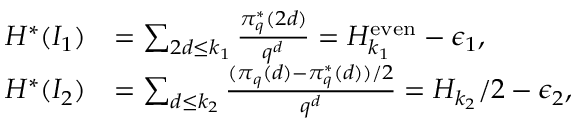
\begin{array} { r l } { H ^ { * } ( I _ { 1 } ) } & { = \sum _ { 2 d \le k _ { 1 } } \frac { \pi _ { q } ^ { * } ( 2 d ) } { q ^ { d } } = H _ { k _ { 1 } } ^ { \mathrm { e v e n } } - \epsilon _ { 1 } , } \\ { H ^ { * } ( I _ { 2 } ) } & { = \sum _ { d \le k _ { 2 } } \frac { ( \pi _ { q } ( d ) - \pi _ { q } ^ { * } ( d ) ) / 2 } { q ^ { d } } = H _ { k _ { 2 } } / 2 - \epsilon _ { 2 } , } \end{array}